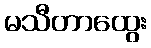
မသီတာထွေး